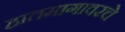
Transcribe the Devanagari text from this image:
हातमागावरचे